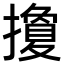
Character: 𢷳